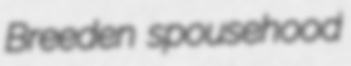
Breeden spousehood